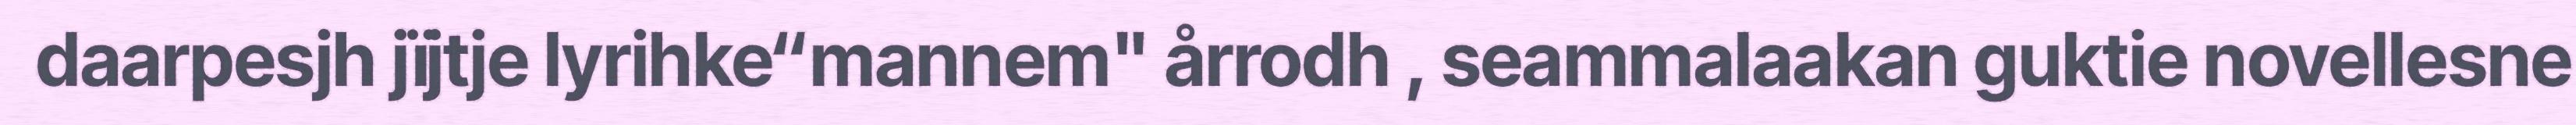
daarpesjh jïjtje lyrihke“mannem" årrodh , seammalaakan guktie novellesne